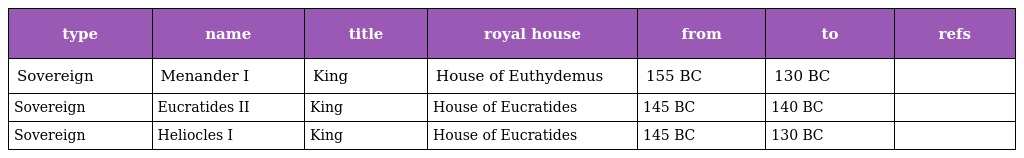
| type | name | title | royal house | from | to | refs |
 | --- | --- | --- | --- | --- | --- | --- |
 | Sovereign | Menander I | King | House of Euthydemus | 155 BC | 130 BC |  |
 | Sovereign | Eucratides II | King | House of Eucratides | 145 BC | 140 BC |  |
 | Sovereign | Heliocles I | King | House of Eucratides | 145 BC | 130 BC |  |